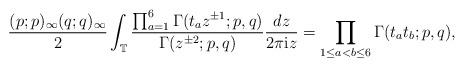
LaTeX: \begin{align*} \frac{(p;p)_\infty (q;q)_\infty}{2} \int_{\mathbb{T}} \frac{\prod_{a=1}^6\Gamma(t_a z^{\pm 1} ;p,q)}{\Gamma(z^{\pm 2};p,q)} \frac{dz}{2 \pi \textup{i} z}= \prod_{1 \leq a < b \leq 6} \Gamma(t_a t_b;p,q),\end{align*}